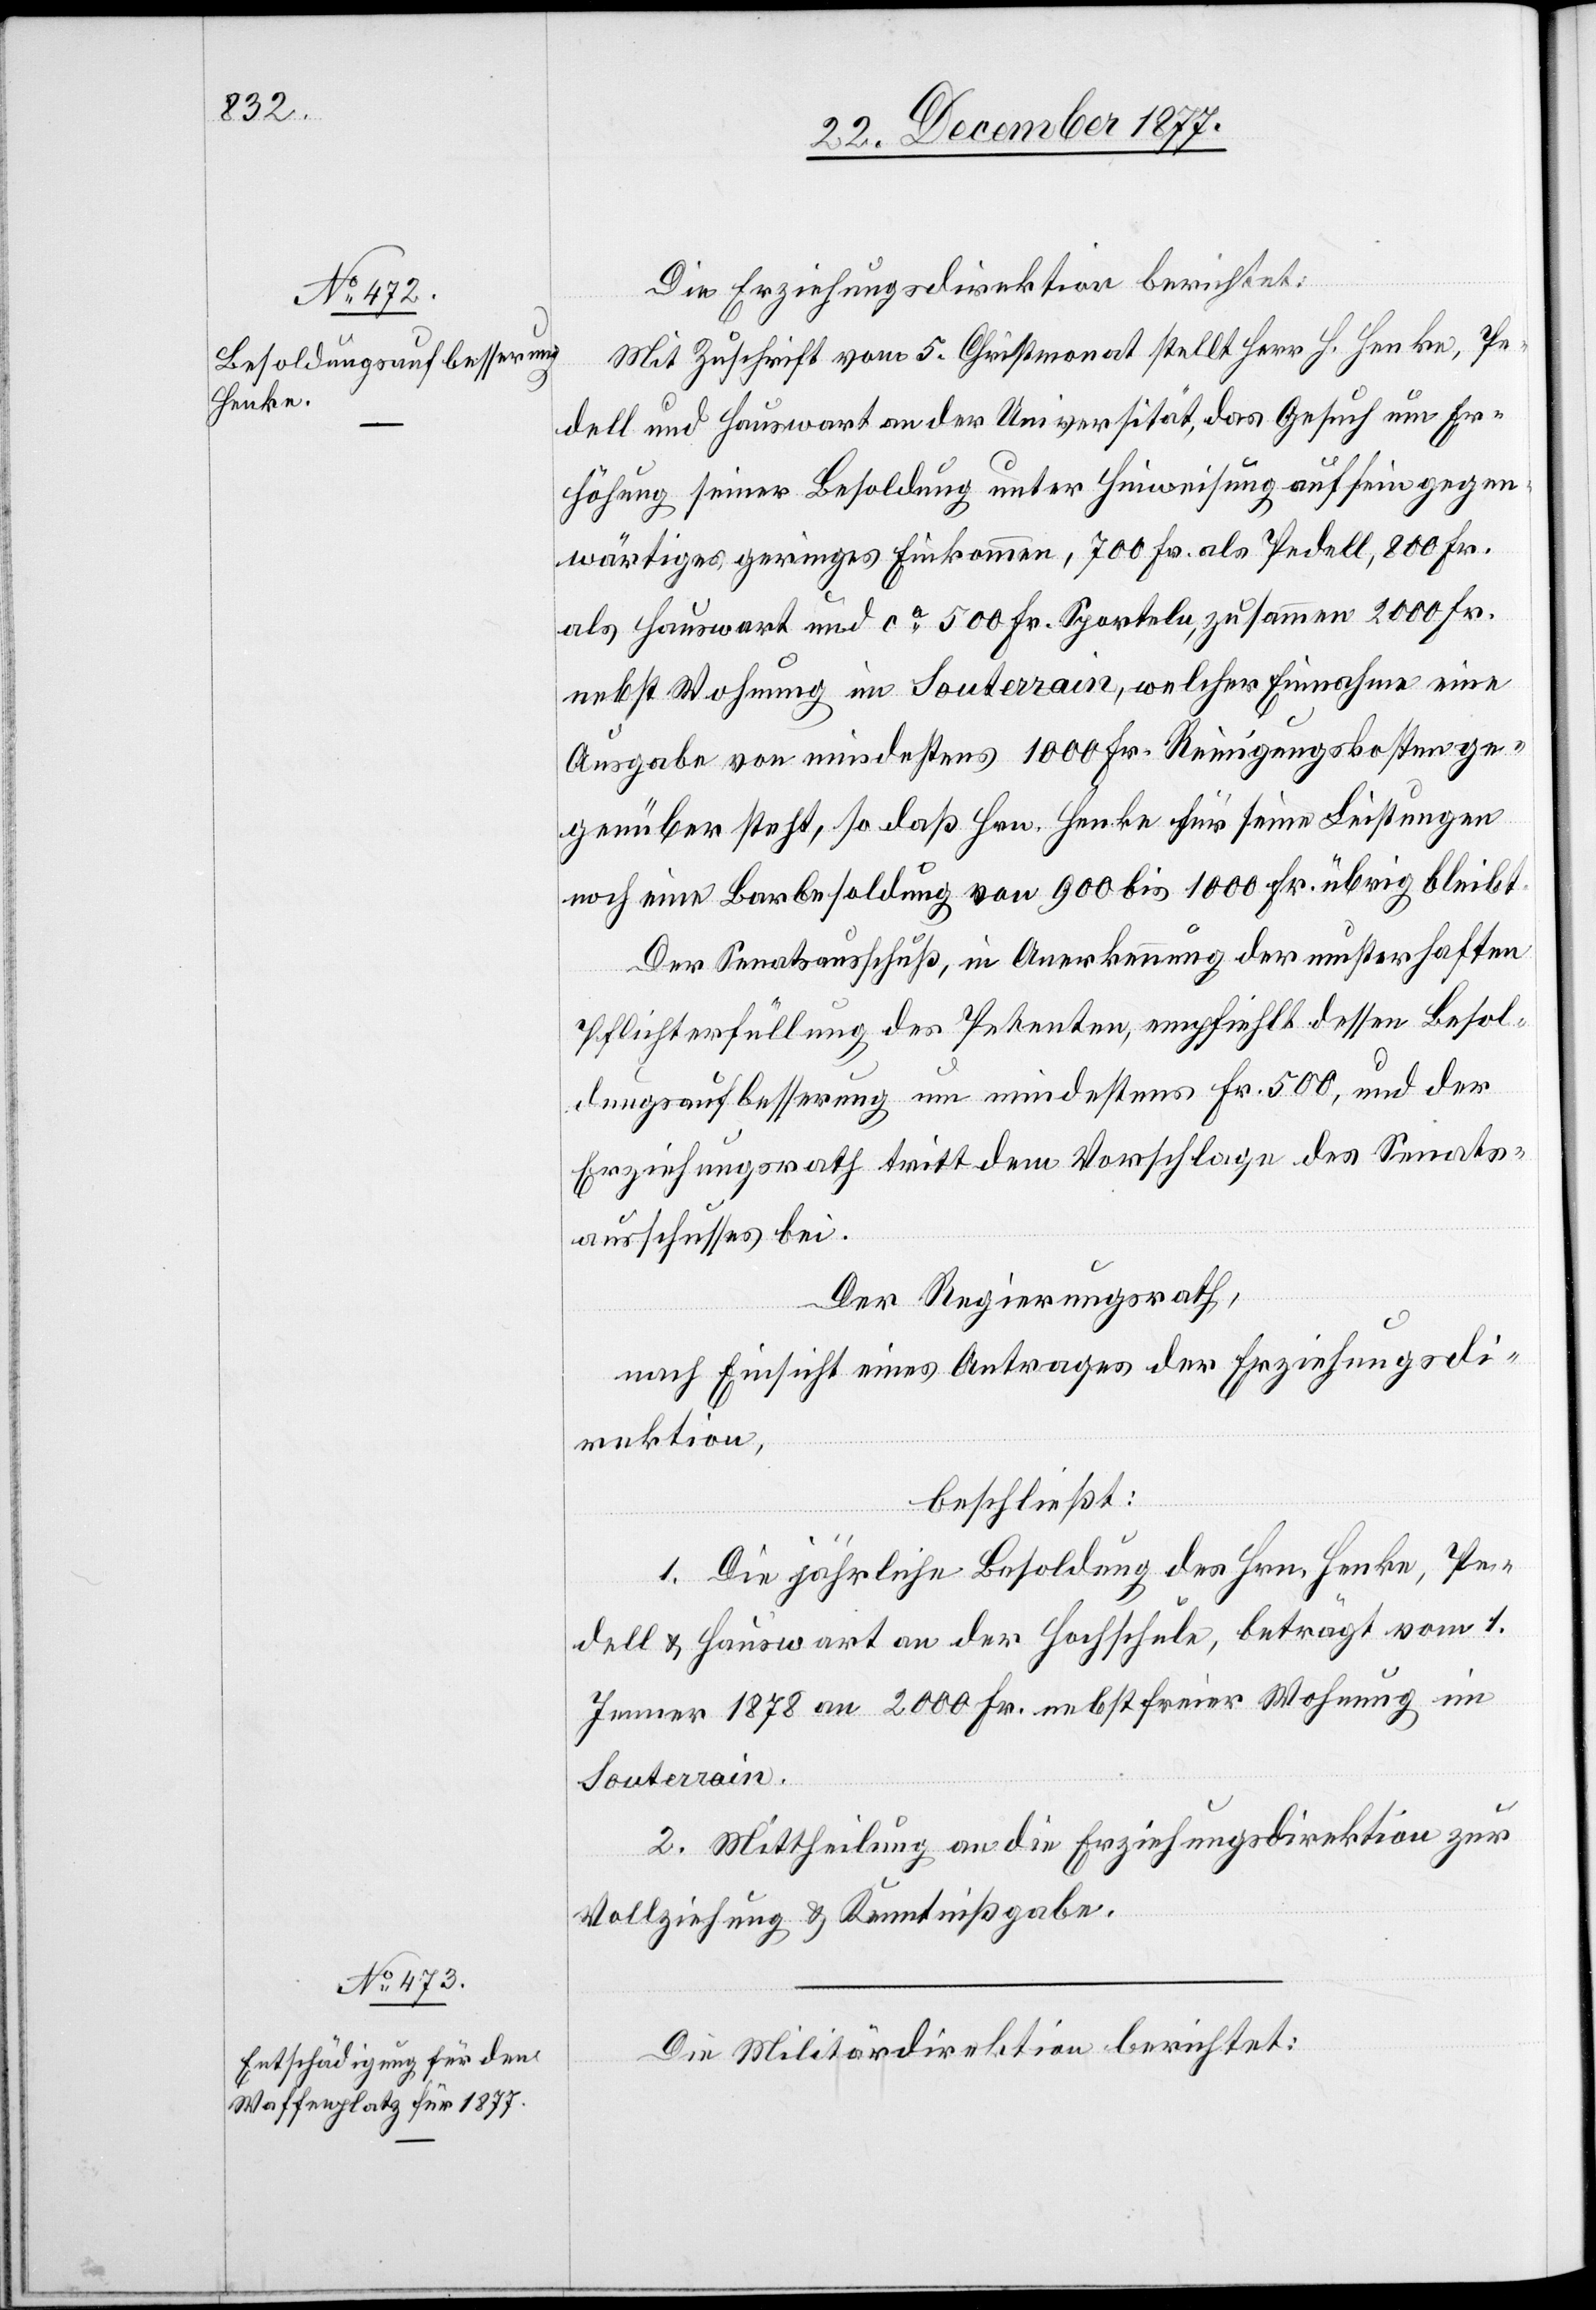
Die Erziehungsdirektion berichtet:
Mit Zuschrift vom 5. Christmonat stellt Herr H. Henke, Pe¬
dell und Hauswart an der Universität, das Gesuch um Er¬
höhung seiner Besoldung unter Hinweisung auf ein gegen¬
wärtiges geringes Einkommen, 700 Fr. als Pedell, 800 Fr.
als Hauswart und ca 500 Fr. Sporteln, zusammen 2000 Fr.
nebst Wohnung im Souterrain, welcher Einnahme eine
Ausgabe von mindestens 1000 Fr. Reinigungskosten ge¬
genüber steht, so daß Hrn. Henke für seine Leistungen
noch eine Barbesoldung von 900 bis 1000 Fr. übrig bleibt.
Der Senatsausschuß, in Anerkennung der musterhaften
Pflichterfüllung des Petenten, empfiehlt dessen Besol¬
dungsaufbesserung um mindestens Fr. 500, und der
Erziehungsrath tritt dem Vorschlage des Senats¬
ausschusses bei.
Der Regierungsrath,
nach Einsicht eines Antrages der Erziehungsdi¬
rektion,
beschließt:
1. Die jährliche Besoldung des Hrn. Henke, Pe¬
dell & Hauswart an der Hochschule, beträgt vom 1.
Jenner 1878 an 2000 Fr. nebst freier Wohnung im
Souterrain.
2. Mittheilung an die Erziehungsdirektion zur
Vollziehung & Kenntnißgabe.
Die Militärdirektion berichtet: